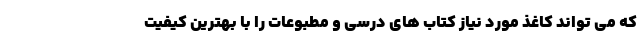
که می تواند کاغذ مورد نیاز کتاب های درسی و مطبوعات را با بهترین کیفیت